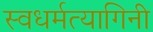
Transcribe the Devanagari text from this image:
स्वधर्मत्यागिनी